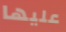
عليها